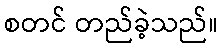
စတင် တည်ခဲ့သည်။